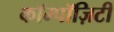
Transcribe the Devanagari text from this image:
कॉम्पॉज़िटी